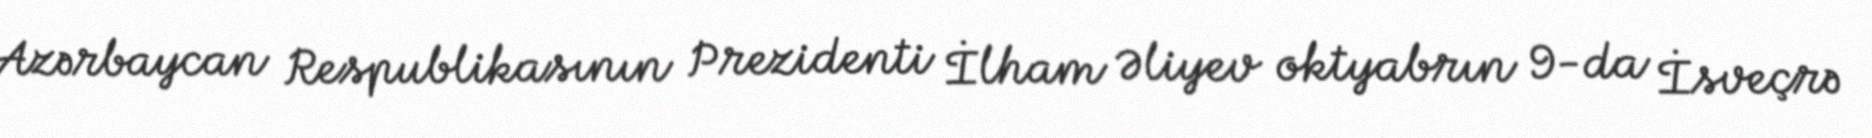
Azərbaycan Respublikasının Prezidenti İlham Əliyev oktyabrın 9-da İsveçrə